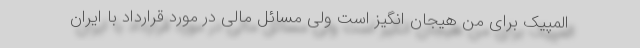
المپیک برای من هیجان انگیز است ولی مسائل مالی در مورد قرارداد با ایران